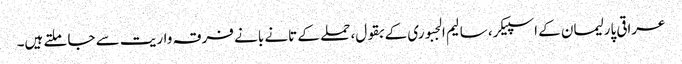
عراقی پارلیمان کے اسپیکر، سالیم الجبوری کے بقول، حملے کے تانے بانے فرقہ واریت سے جا ملتے ہیں۔